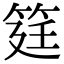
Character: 筳